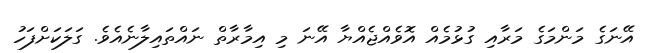
އޭނަގެ މަންމަގެ މަރާއި ގުޅުމެއް އޮވެއްޖެއްޔާ އޭނަ މި އިމާރާތް ނައްތައިލާނެއެވެ. ގަލަކަށްފަހު